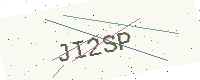
Text: JI2SP